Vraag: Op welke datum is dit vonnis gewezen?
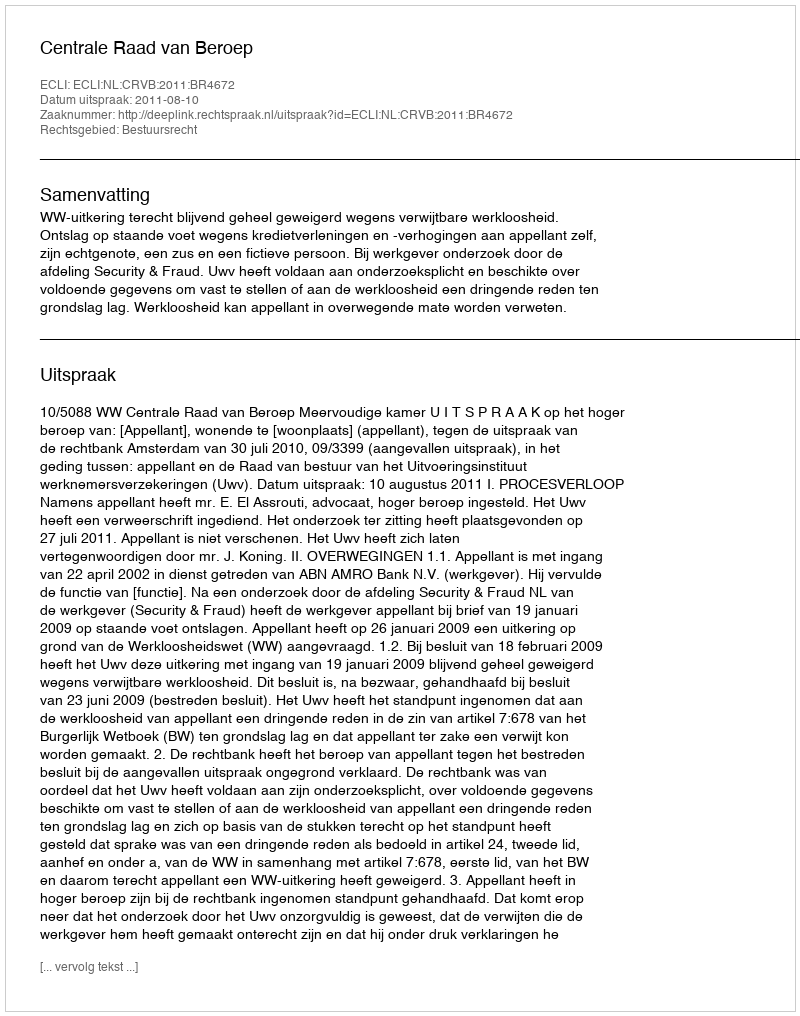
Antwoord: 2011-08-10